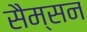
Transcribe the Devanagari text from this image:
सैम्सन